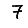
Digit: 7